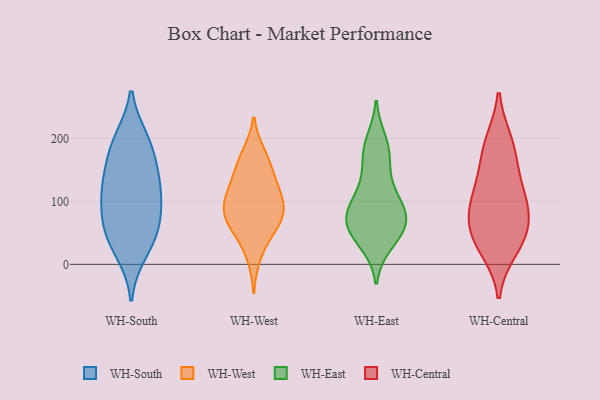
{"axis": {"x": "Demand Index", "y": "Value"}, "legend": ["WH-Central", "WH-East", "WH-South", "WH-West"], "data": [{"x": "", "y": 20, "type": "WH-South"}, {"x": "", "y": 132, "type": "WH-South"}, {"x": "", "y": 118, "type": "WH-South"}, {"x": "", "y": 197, "type": "WH-South"}, {"x": "", "y": 136, "type": "WH-South"}, {"x": "", "y": 58, "type": "WH-South"}, {"x": "", "y": 62, "type": "WH-South"}, {"x": "", "y": 107, "type": "WH-South"}, {"x": "", "y": 37, "type": "WH-South"}, {"x": "", "y": 80, "type": "WH-South"}, {"x": "", "y": 177, "type": "WH-South"}, {"x": "", "y": 193, "type": "WH-South"}, {"x": "", "y": 104, "type": "WH-West"}, {"x": "", "y": 177, "type": "WH-West"}, {"x": "", "y": 65, "type": "WH-West"}, {"x": "", "y": 113, "type": "WH-West"}, {"x": "", "y": 69, "type": "WH-West"}, {"x": "", "y": 56, "type": "WH-West"}, {"x": "", "y": 100, "type": "WH-West"}, {"x": "", "y": 83, "type": "WH-West"}, {"x": "", "y": 176, "type": "WH-West"}, {"x": "", "y": 74, "type": "WH-West"}, {"x": "", "y": 41, "type": "WH-West"}, {"x": "", "y": 10, "type": "WH-West"}, {"x": "", "y": 108, "type": "WH-West"}, {"x": "", "y": 140, "type": "WH-West"}, {"x": "", "y": 89, "type": "WH-West"}, {"x": "", "y": 146, "type": "WH-West"}, {"x": "", "y": 143, "type": "WH-West"}, {"x": "", "y": 196, "type": "WH-East"}, {"x": "", "y": 77, "type": "WH-East"}, {"x": "", "y": 165, "type": "WH-East"}, {"x": "", "y": 86, "type": "WH-East"}, {"x": "", "y": 33, "type": "WH-East"}, {"x": "", "y": 75, "type": "WH-East"}, {"x": "", "y": 172, "type": "WH-East"}, {"x": "", "y": 74, "type": "WH-East"}, {"x": "", "y": 77, "type": "WH-East"}, {"x": "", "y": 54, "type": "WH-East"}, {"x": "", "y": 188, "type": "WH-East"}, {"x": "", "y": 57, "type": "WH-East"}, {"x": "", "y": 126, "type": "WH-East"}, {"x": "", "y": 105, "type": "WH-East"}, {"x": "", "y": 59, "type": "WH-East"}, {"x": "", "y": 117, "type": "WH-East"}, {"x": "", "y": 35, "type": "WH-East"}, {"x": "", "y": 95, "type": "WH-Central"}, {"x": "", "y": 145, "type": "WH-Central"}, {"x": "", "y": 184, "type": "WH-Central"}, {"x": "", "y": 50, "type": "WH-Central"}, {"x": "", "y": 25, "type": "WH-Central"}, {"x": "", "y": 40, "type": "WH-Central"}, {"x": "", "y": 193, "type": "WH-Central"}, {"x": "", "y": 95, "type": "WH-Central"}, {"x": "", "y": 62, "type": "WH-Central"}, {"x": "", "y": 110, "type": "WH-Central"}]}